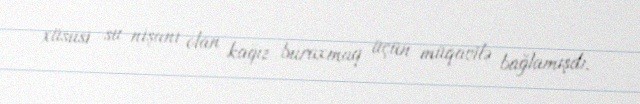
xüsusi su nişanı olan kağız buraxmaq üçün müqavilə bağlamışdı.